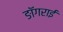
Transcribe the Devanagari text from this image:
ङॉगराई